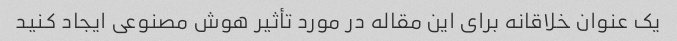
یک عنوان خلاقانه برای این مقاله در مورد تأثیر هوش مصنوعی ایجاد کنید